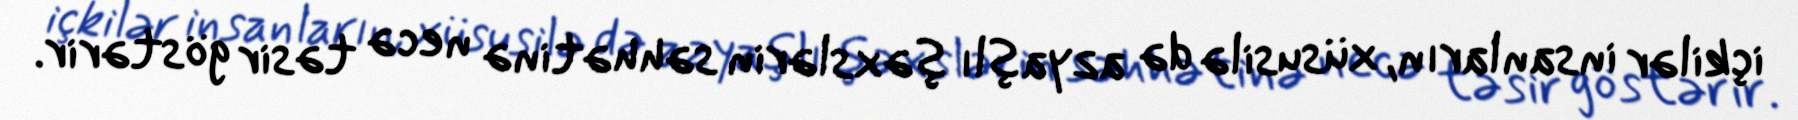
içkilər insanların, xüsusilə də azyaşlı şəxslərin səhhətinə necə təsir göstərir.